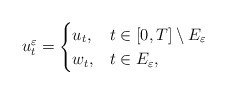
\begin{align*}u^{\varepsilon}_t=\begin{cases}u_t , & t \in [0,T]\setminus E_{\varepsilon} \\w_t, & t \in E_{\varepsilon},\end{cases}\end{align*}